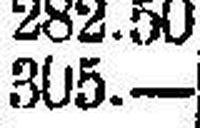
305.—